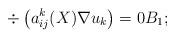
LaTeX: \begin{align*} \div \left ( a^k_{ij}(X) \nabla u_k \right ) = 0 B_1;\end{align*}